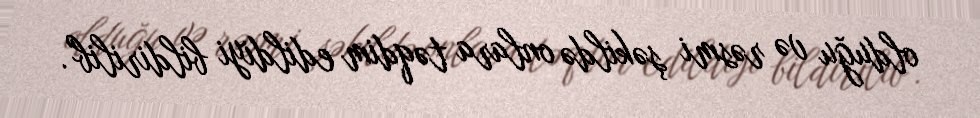
olduğu və rəsmi şəkildə onlara təqdim edildiyi bildirilib".